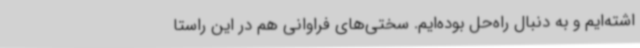
اشته‌ایم و به دنبال راه‌حل بوده‌ایم. سختی‌های فراوانی هم در این راستا